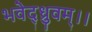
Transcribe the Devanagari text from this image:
भवेद्ध्रुवम्।।